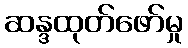
ဆန္ဒထုတ်ဖော်မှု